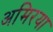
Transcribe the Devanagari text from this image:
अमिरया